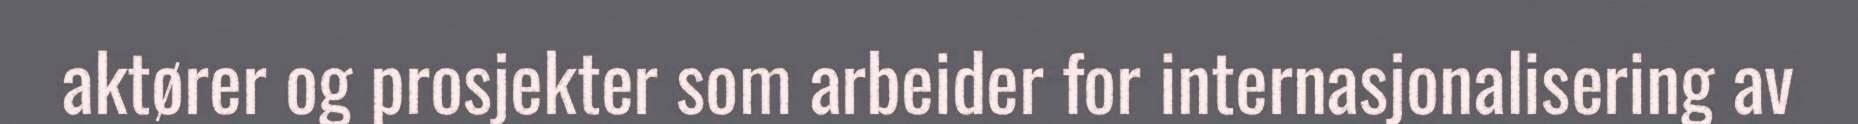
aktører og prosjekter som arbeider for internasjonalisering av